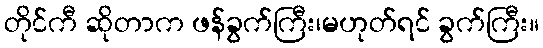
တိုင်ကီ ဆိုတာက ဖန်ခွက်ကြီး၊မဟုတ်ရင် ခွက်ကြီး။